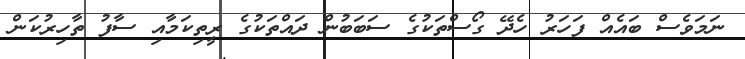
ނަމަވެސް ބައެއް ފަހަރު ހެދޭ ގޯސްތަކުގެ ސަބަބުން ދައްތަކުގެ ރީތިކަމާއި ސާފު ތާހިރުކަން